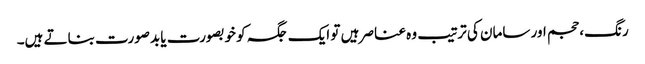
رنگ، حجم اور سامان کی ترتیب وہ عناصر ہیں تو ایک جگہ کو خوبصورت یا بدصورت بناتے ہیں۔